Indian Civil Veterinary Department memoirs
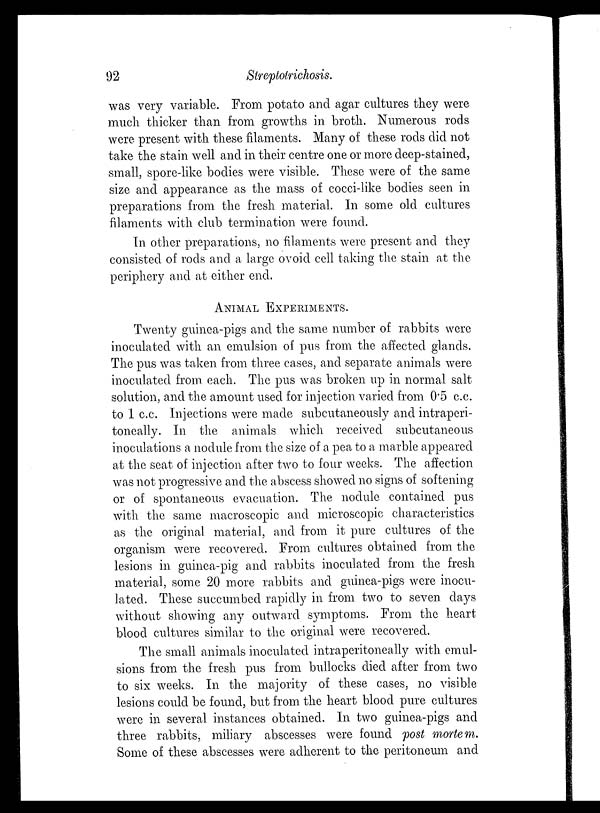
92
Streptotrichosis.
was very variable. From potato and agar cultures they were
much thicker than from growths in broth. Numerous rods
were present with these filaments. Many of these rods did not
take the stain well and in their centre one or more deep-stained,
small, spore-like bodies were visible. These were of the same
size and appearance as the mass of cocci-like bodies seen in
preparations from the fresh material. In some old cultures
filaments with club termination were found.
In other preparations, no filaments were present and they
consisted of rods and a large ovoid cell taking the stain at the
periphery and at either end.
ANIMAL EXPERIMENTS.
Twenty guinea-pigs and the same number of rabbits were
inoculated with an emulsion of pus from the affected glands.
The pus was taken from three cases, and separate animals were
inoculated from each. The pus was broken up in normal salt
solution, and the amount used for injection varied from 0.5 c.c.
to 1 c.c. Injections were made subcutaneously and intraperi-
toneally. In the animals which received subcutaneous
inoculations a nodule from the size of a pea to a marble appeared
at the seat of injection after two to four weeks. The affection
was not progressive and the abscess showed no signs of softening
or of spontaneous evacuation. The nodule contained pus
with the same macroscopic and microscopic characteristics
as the original material, and from it pure cultures of the
organism were recovered. From cultures obtained from the
lesions in guinea-pig and rabbits inoculated from the fresh
material, some 20 more rabbits and guinea-pigs were inocu-
lated. These succumbed rapidly in from two to seven days
without showing any outward symptoms. From the heart
blood cultures similar to the original were recovered.
The small animals inoculated intraperitoneally with emul-
sions from the fresh pus from bullocks died after from two
to six weeks. In the majority of these cases, no visible
lesions could be found, but from the heart blood pure cultures
were in several instances obtained. In two guinea-pigs and
three rabbits, miliary abscesses were found post mortem.
Some of these abscesses were adherent to the peritoneum and